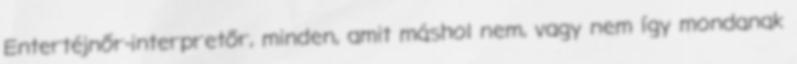
Entertéjnőr-interpretőr, minden, amit máshol nem, vagy nem így mondanak